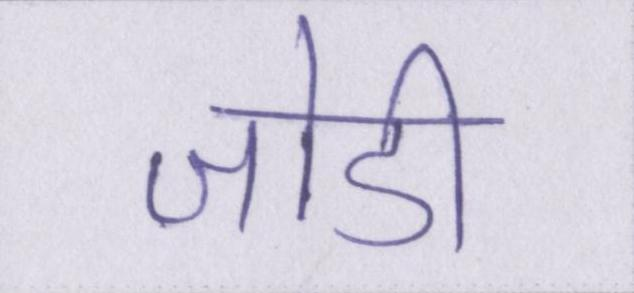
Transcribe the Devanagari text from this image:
जोडी